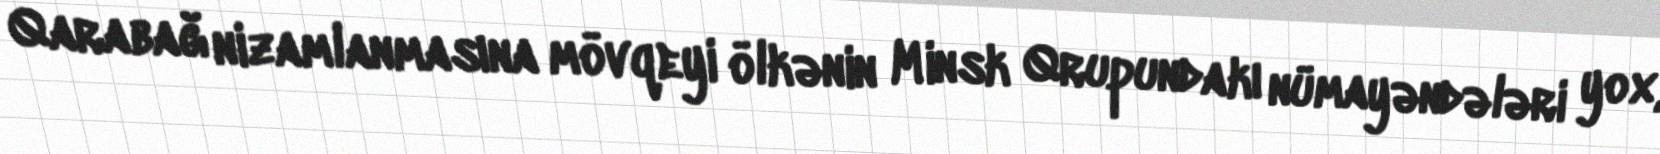
Qarabağ nizamlanmasına mövqeyi ölkənin Minsk Qrupundakı nümayəndələri yox,